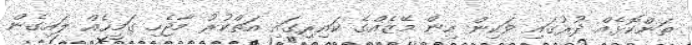
ތަންކޮޅެއް ދުރުގައި ވަކިން އިން މޭޒެއްގެ ކައިރިގައި އަތްކުރު މާޖެހި ގަމީހެއް ލައިގެން